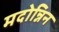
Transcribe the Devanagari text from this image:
मदोन्निन